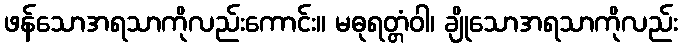
ဖန်သောအရသာကိုလည်းကောင်း။ မဓုရတ္တံဝါ၊ ချိုသောအရသာကိုလည်း